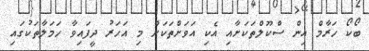
ބޯކޯ ހަރާމް އިން ސްކޫލްތަކަށާއި އެކި އަވަށްތަކަށް މި އަހަރު ދީފައިވާ ހަމަލާތަކުގައި